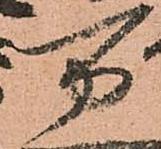
万